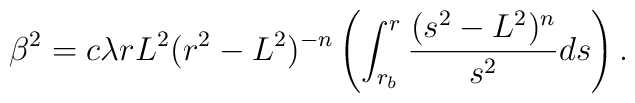
\beta^{2}=c\lambda rL^{2}(r^{2}-L^{2})^{-n}\left(\int_{r_{b}}^{r}\frac{(s^{2}-L^{2})^{n}}{s^{2}}ds\right).